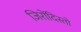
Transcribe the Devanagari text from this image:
जिरोंदिस्तो